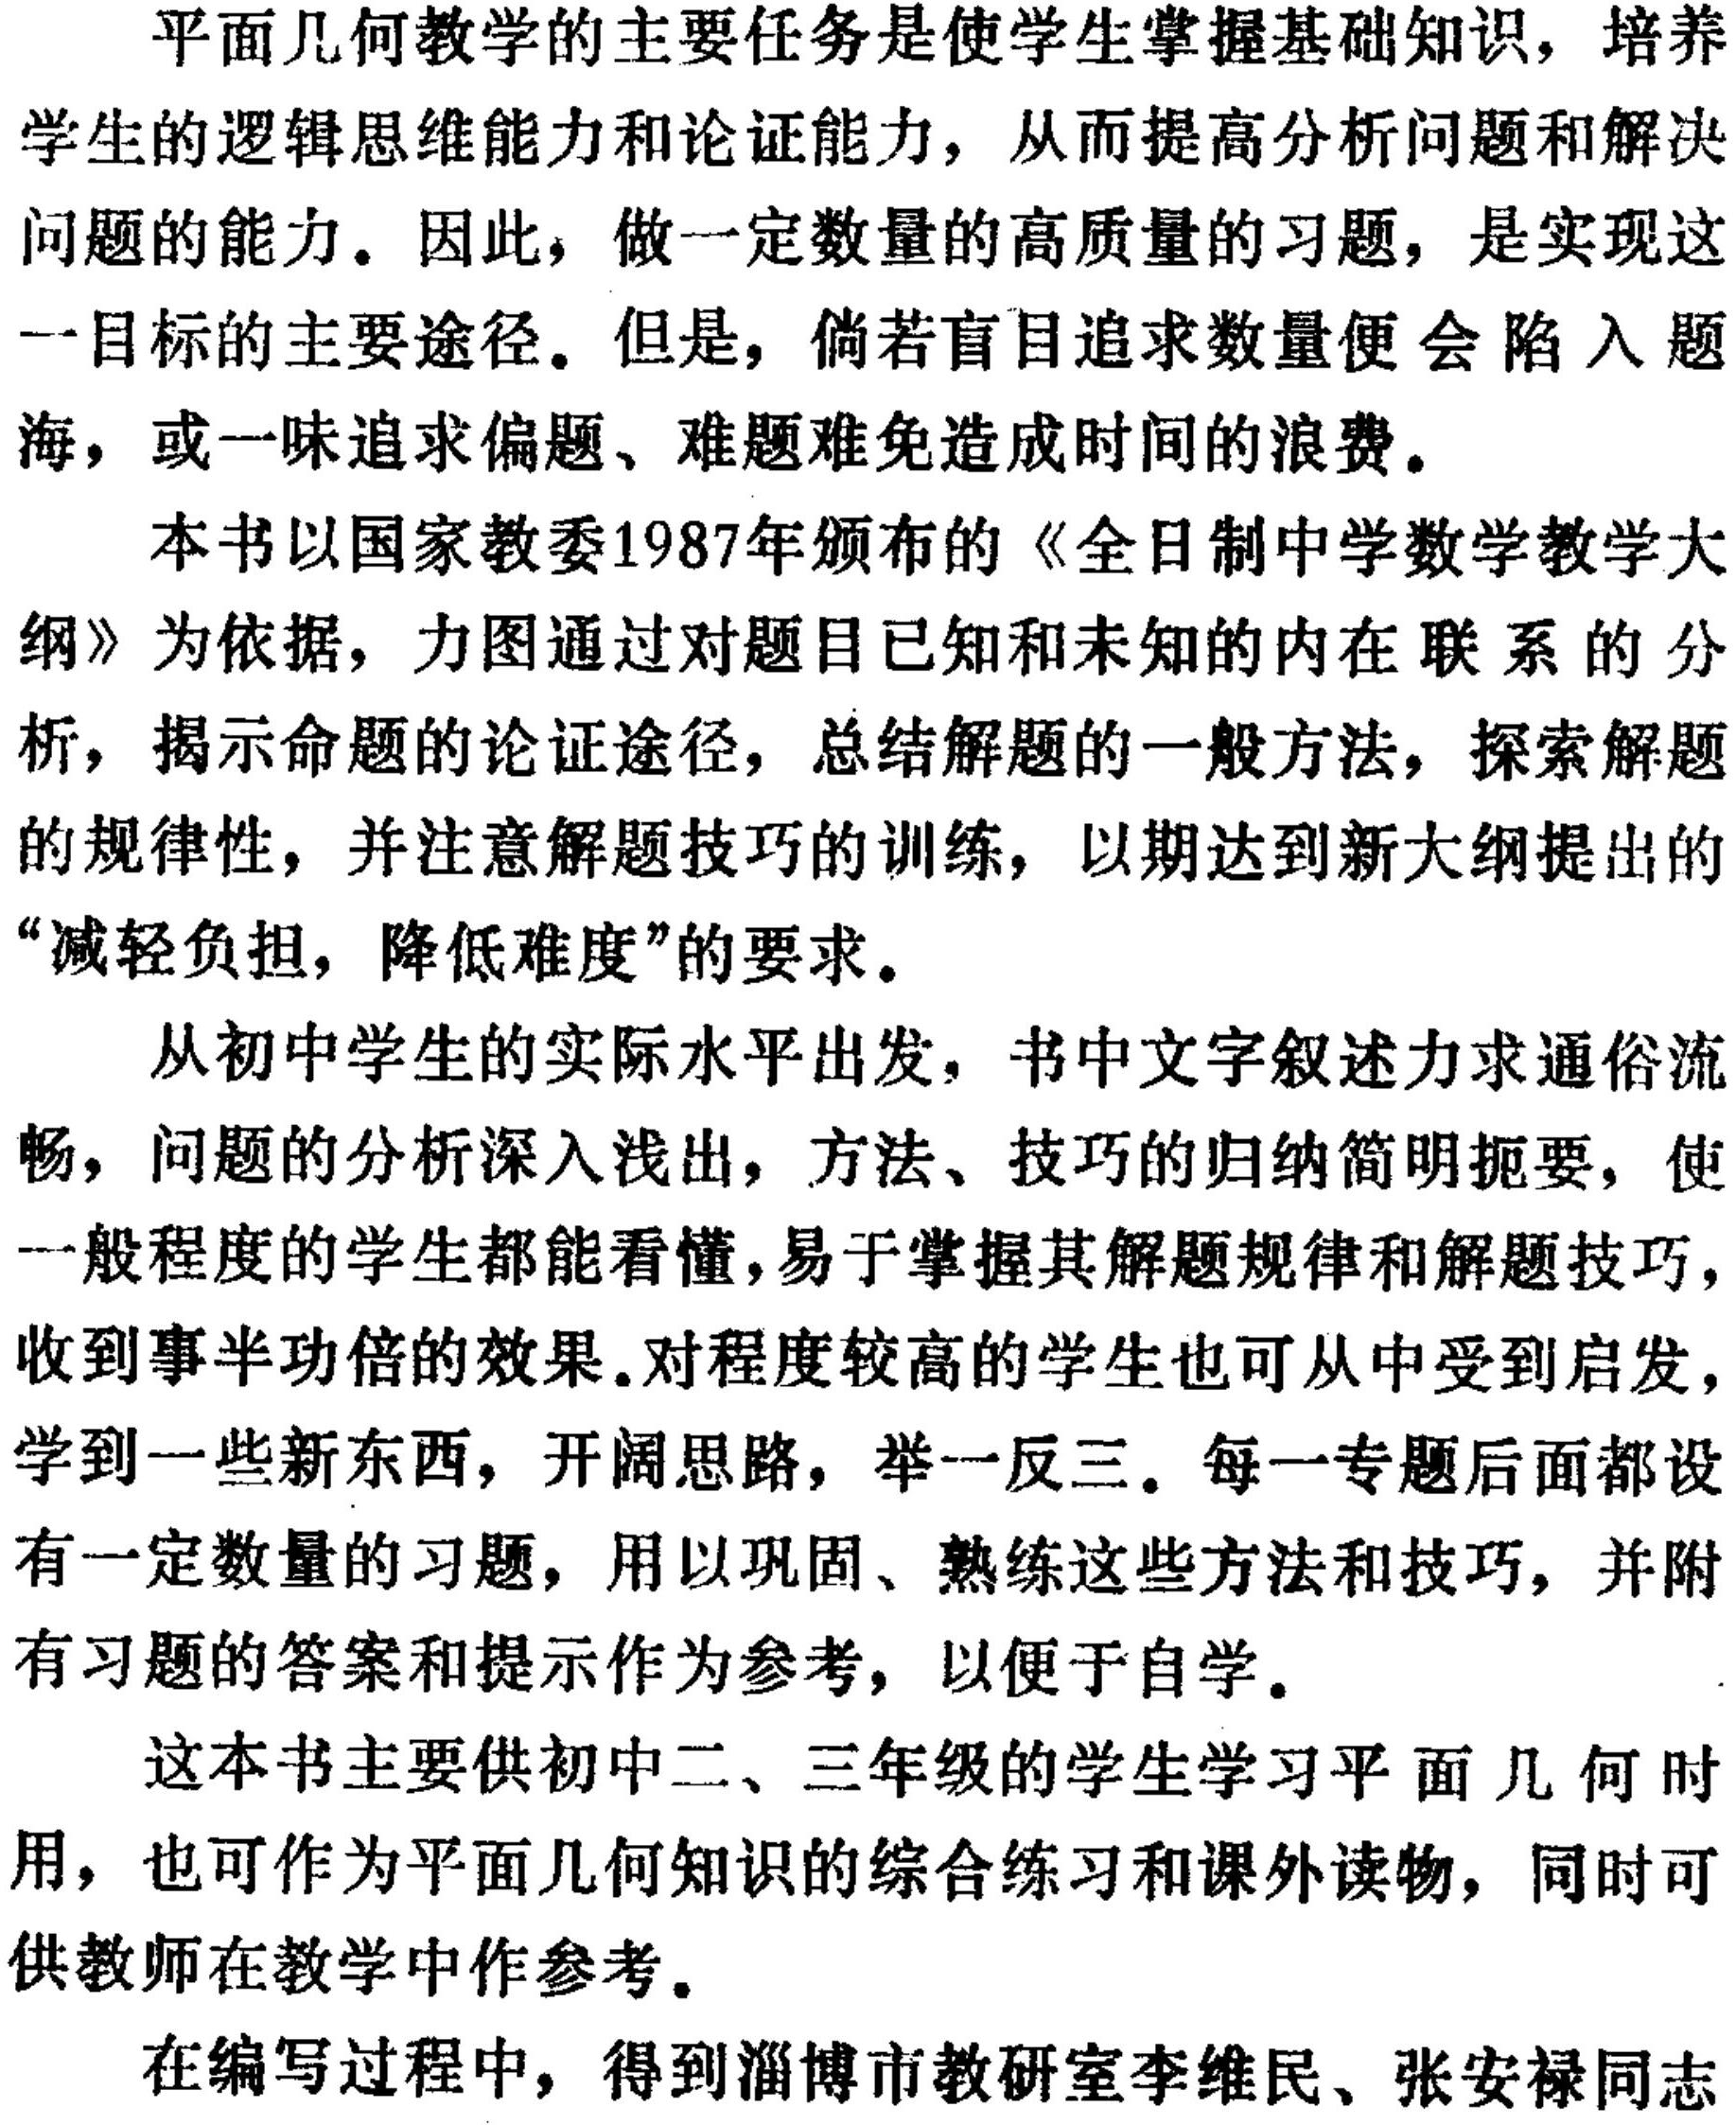
平面几何教学的主要任务是使学生掌握基础知识，培养
学生的逻辑思维能力和论证能力，从而提高分析问题和解决
问题的能力。因此，做一定数量的高质量的习题，是实现这
一目标的主要途径。但是，倘若盲目追求数量便会陷入题
海，或一味追求偏题、难题难免造成时间的浪费。

本书以国家教委1987年颁布的《全日制中学数学教学大
纲》为依据，力图通过对题目已知和未知的内在联系的分
析，揭示命题的论证途径，总结解题的一般方法，探索解题
的规律性，并注意解题技巧的训练，以期达到新大纲提出的
“减轻负担，降低难度”的要求。

从初中学生的实际水平出发，书中文字叙述力求通俗流
畅，问题的分析深入浅出，方法、技巧的归纳简明扼要，使
一般程度的学生都能看懂，易于掌握其解题规律和解题技巧，
收到事半功倍的效果。对程度较高的学生也可从中受到启发，
学到一些新东西，开阔思路，举一反三。每一专题后面都设
有一定数量的习题，用以巩固、熟练这些方法和技巧，并附
有习题的答案和提示作为参考，以便于自学。

这本书主要供初中二、三年级的学生学习平面几何时
用，也可作为平面几何知识的综合练习和课外读物，同时可
供教师在教学中作参考。

在编写过程中，得到淄博市教研室李维民、张安禄同志